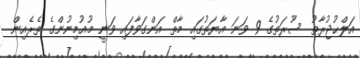
އަލްޙުޖުރާތު ސޫރަތުގެ 9 ވަނަ އާޔަތުގައި މާތް އަންގަވާފައި ވަނީ މުއުމިނުންގެ ތެރެއިން